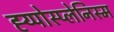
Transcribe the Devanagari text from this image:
ह्य्पोस्प्लेनिस्म